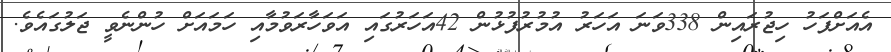
އެއަށްފަހު ހިޖުރައިން 338ވަނަ އަހަރު އުމުރުފުޅުން 42އަހަރުގައި އަވަހާރަވުމާއި ހަމައަށް ހުންނެވީ ޖަލުގައެވެ.